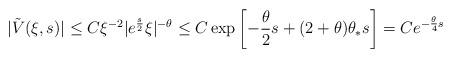
LaTeX: \begin{align*}|\tilde{V}(\xi,s)|\le C\xi^{-2}|e^{\frac{s}{2}}\xi|^{-\theta}\le C\exp\left[-\frac{\theta}{2}s+(2+\theta)\theta_*s\right]=Ce^{-\frac{\theta}{4}s}\end{align*}